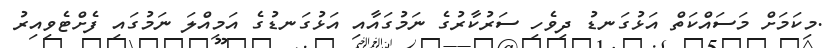
.މިކަމަށް މަސައްކަތް އަޅުގަނޑު ދިވެހި ސަރުކާރުގެ ނަމުގައާއި އަޅުގަނޑުގެ އަމިއްލަ ނަމުގައި ފެށްޓެވިއިރު